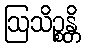
ဩသိဉ္စန္တိ